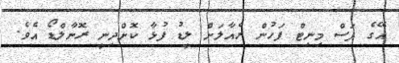
އޭގެ ފަސް މިނިޓް ފަހުން ރެއާލަށް ލީޑު ފުޅާ ކޮށްދިނީ ރޮނާލްޑޯ އެވެ.